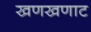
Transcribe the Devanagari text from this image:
खणखणाट